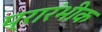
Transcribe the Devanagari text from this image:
प्रारंभीक